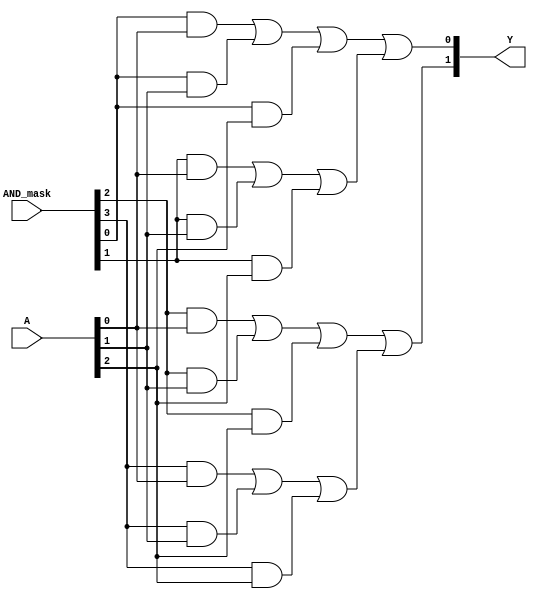
module PAL (
    input wire [N-1:0] A, // N input signals
    input wire [M-1:0] AND_mask, // Programming mask for AND gates (M is number of AND gates)
    output reg [P-1:0] Y   // P output signals
);

    // Parameters for configuration
    parameter N = 3; // Number of inputs (A, B, C)
    parameter M = 4; // Number of programmable AND gates
    parameter P = 2; // Number of fixed OR gates

    // Internal wires for AND gate outputs
    wire [M-1:0] AND_out;

    // Example AND gate programming (can be modified as needed)
    generate
        genvar i;
        for (i = 0; i < M; i = i + 1) begin : AND_array
            assign AND_out[i] = (AND_mask[i] & A[0]) | // Example programmability
                                (AND_mask[i] & A[1]) | // Connect A[1]
                                (AND_mask[i] & A[2]);  // Connect A[2]
        end
    endgenerate

    // Fixed OR gates to combine outputs of AND gates
    always @(*) begin
        Y[0] = AND_out[0] | AND_out[1]; // OR gate 1
        Y[1] = AND_out[2] | AND_out[3]; // OR gate 2
    end

endmodule